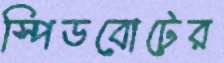
স্পিডবোটের